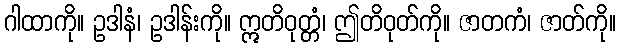
ဂါထာကို။ ဥဒါနံ၊ ဥဒါန်းကို။ ဣတိဝုတ္တံ၊ ဤတိဝုတ်ကို။ ဇာတကံ၊ ဇာတ်ကို။